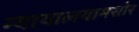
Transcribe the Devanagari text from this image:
न्यायालयामसोर